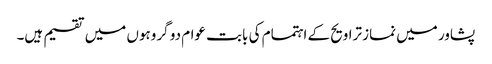
پشاور میں نماز تراویح کے اہتمام کی بابت عوام دو گروہوں میں تقسیم ہیں۔